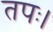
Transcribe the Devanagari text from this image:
तपः।